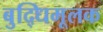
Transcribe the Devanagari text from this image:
बुद्धिमूलक